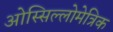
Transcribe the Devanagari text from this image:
ओस्सिल्लोमेत्रिक